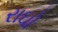
રાઘો